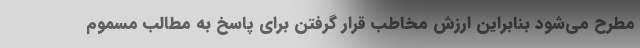
مطرح می‌شود بنابراین ارزش مخاطب قرار گرفتن برای پاسخ به مطالب مسموم